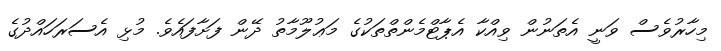
މިހާރުވެސް ވަނީ އެތަނުން ވިއްކާ އެޕާޓްމެންތްތަކުގެ މަޢުލޫމާތު ދޭން ފަށާފައެވެ. މުޅި އެސަރަހައްދުގެ